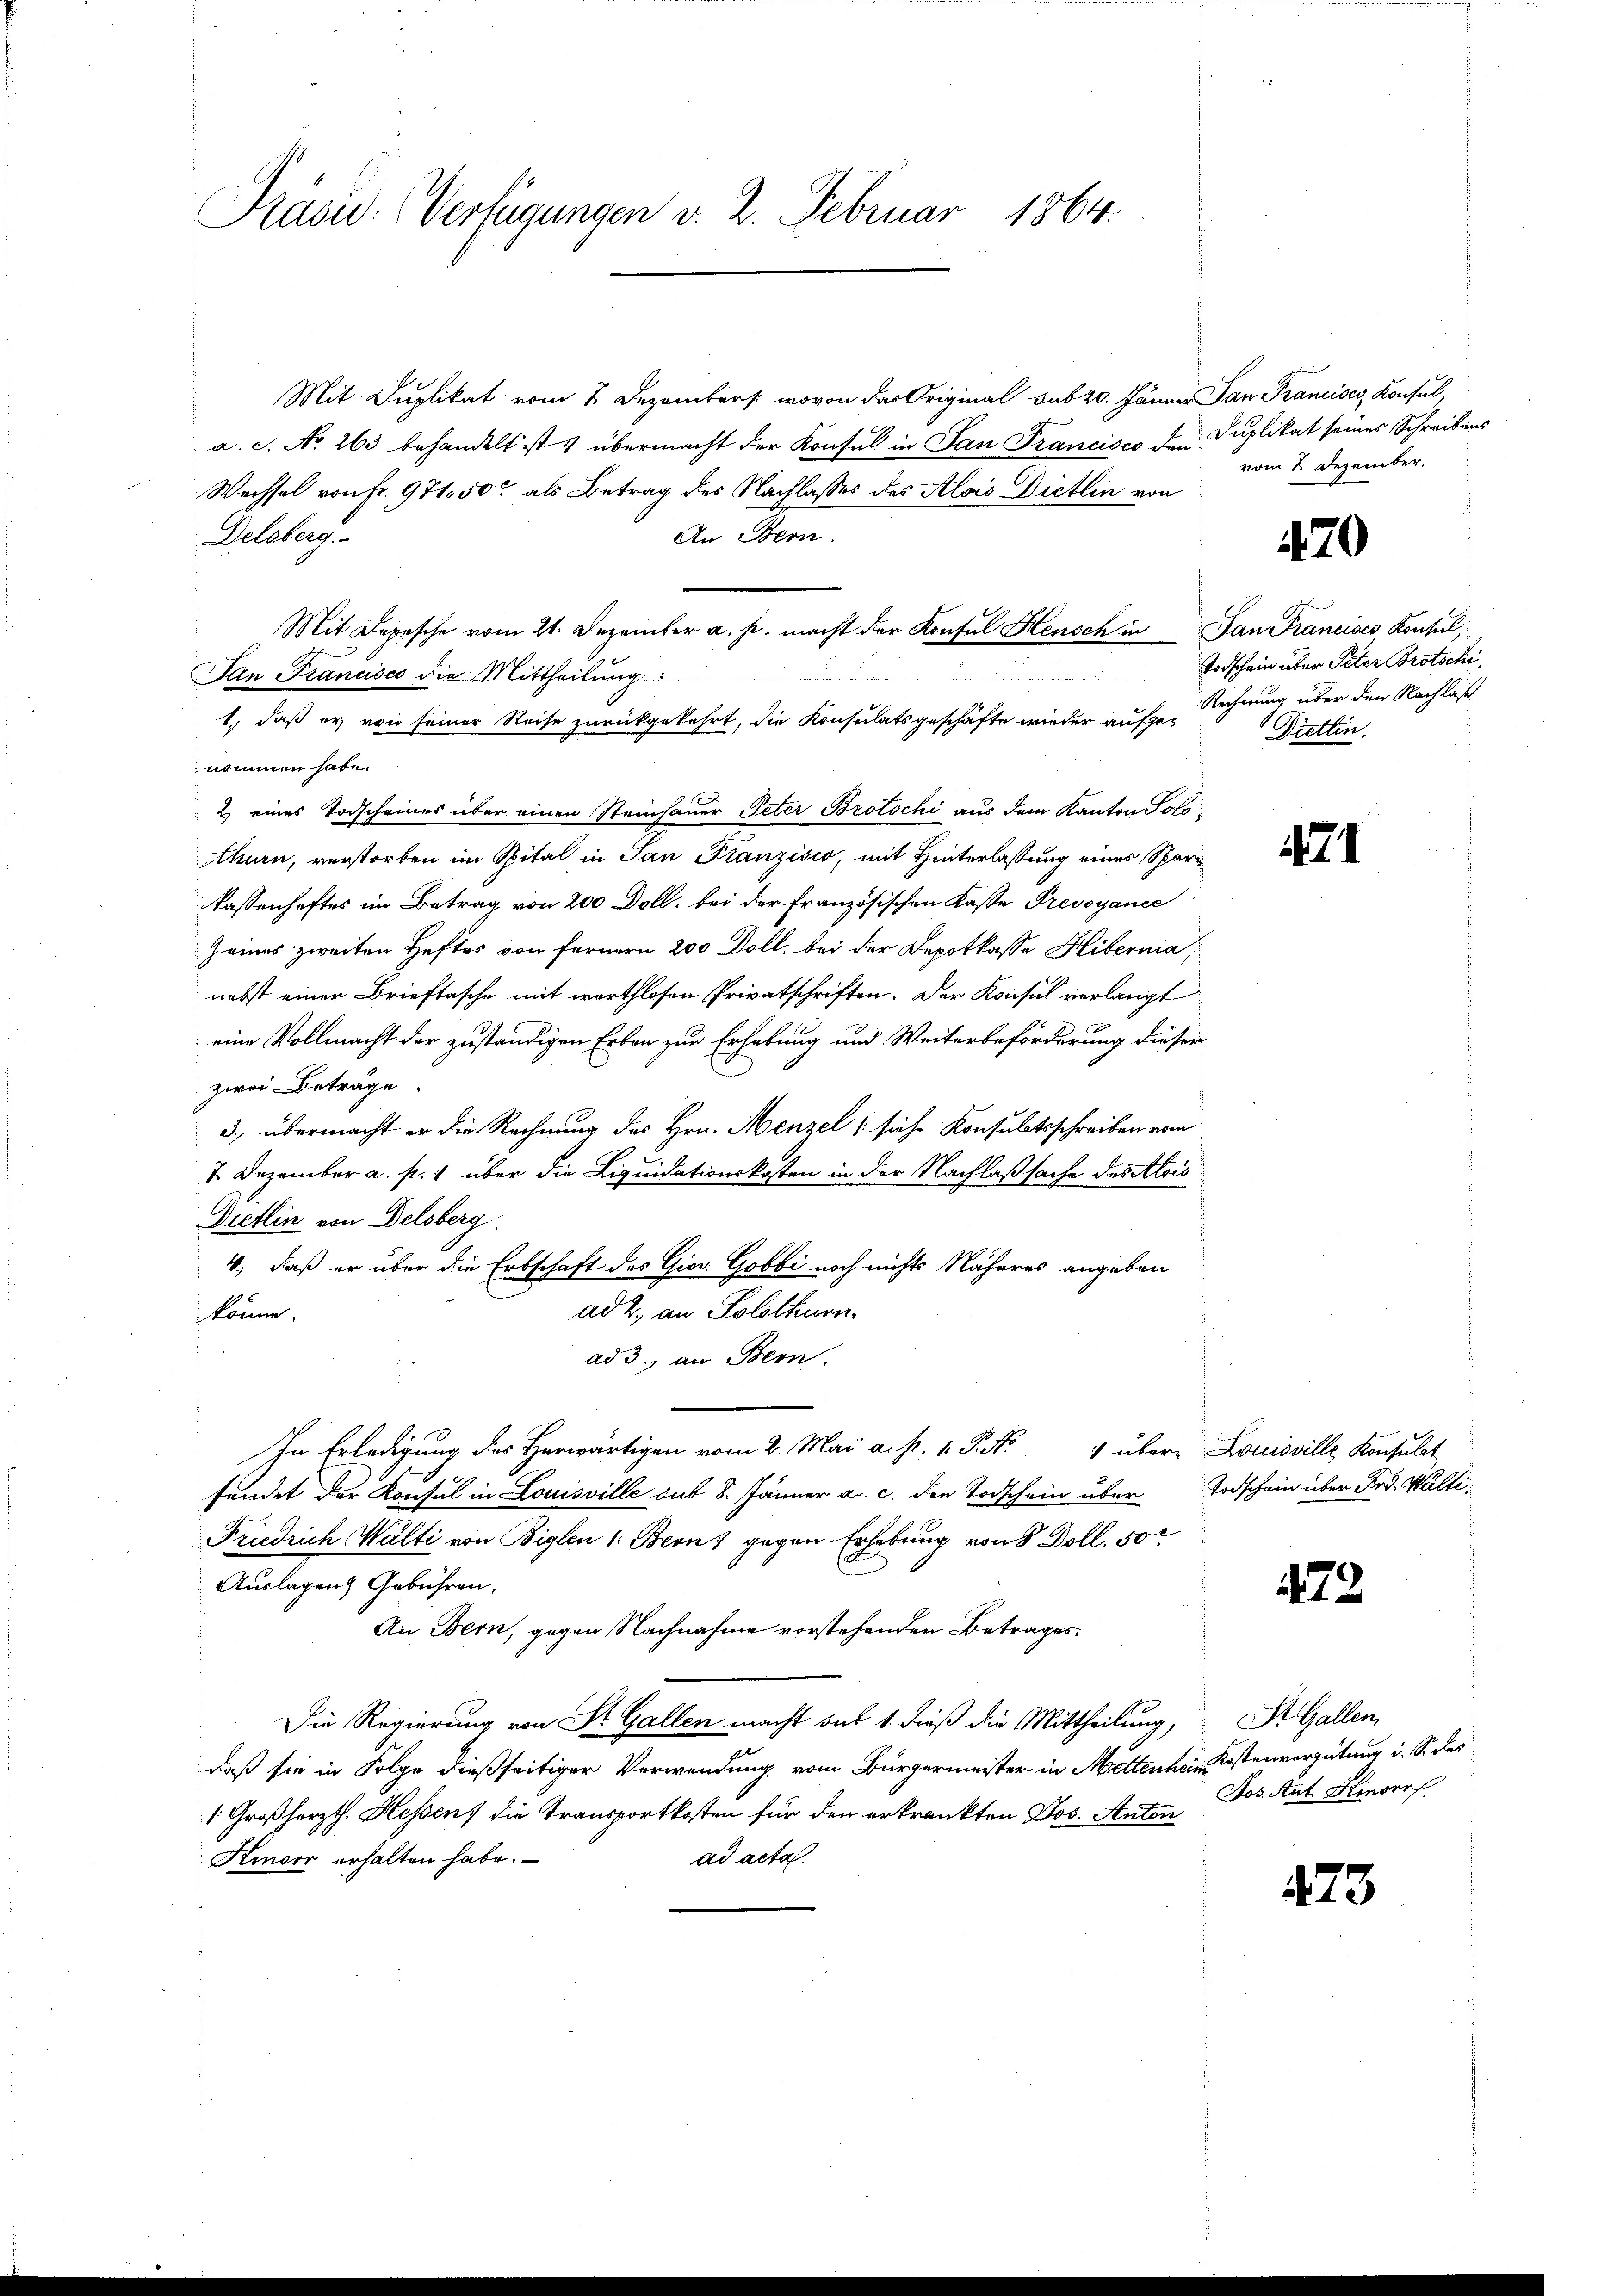
Präsid. (Verfügungen v. 2. Februar 1864.

Mit Duplikat vom 2. Dezembers wovon das Original sub 20. Jänner San Francisco, Konsul
a. c. No 263 behandelt ist übermacht der Konsul in San Francisco den Puplikat seines Schreibens
Wechsel von Fr. 971. 50 als Betrag des Nachlasses des Alois Dietlin von
Delsberg.
An Bern.
Mit Depesche vom 21. Dezember a. p. macht der Konsul Heusch in San Francisco Konsul,
San Francisco die Mittheilung
1., daß er von seiner Reise zurückgekehrt, die Konsulatsgeschäfte wieder aufgenommen habe.
2.) eines Todscheines über einen Steinhauer Peter Brotschi aus dem Kanton Solothurn, verstorben im Spital in San Franzisco, mit Hinterlassung eines Sparlassenheftes im Betrag von 200 Doll, bei der Französischen Kasse Prevoyance
Zeines zweiten Heftes von fernern 200 Doll, bei der Depotkasse Hibernia;
nebst einer Brieftasche mit worthlosen Privatschriften. Der Konsul verlangt
eine Vollmacht der zuständigen Erben zur Erhebung und Weiterbeförderung dieser
zwei Beträge.
3., übermacht er die Rechnung des Hrn. Menzel, siche Konsulatsschreiben vom
7. Dezember a. p. 1 über die Liquidationskosten in der Nachlaßsache des Alois
Dietlin von Delsberg.
4., daß er über die Erbschaft des Giov. Gobbi noch nichts Näheres angeben
ad 2., an Solothurn.
könne.
ad 3., an Bern.
In Erledigung des Herwärtigen vom 2. Mai a. s. v. P. Nr. 4 übere Louisville Konsulat
fundet der Konsul in Louisville sub 8. Jänner a. c. den Todschein über
Friedrich Walti von Biglen 1: Bron, gegen Erhebung von 8 Doll. 50
Auslagen Gebühren.
An Bern, gegen Nachnahme vorstehenden Betrages
Die Regierung von Sr. Gallen macht sub 1. dieß die Mittheilung,
daß sie in Folge dießseitiger Verwendung vom Bürgermeister in Mettenhain Kostenvergütung i. So des
1 Großherzth. Hessen, die Transportkosten für den erkränkten Jos. Auten Jos. Ant. Hinden
ad acta.
Kmorr erhalten habe.

vom 2. Dezember.

470

Todschein über Peter Brotschi
Rechnung über den Nachlaß
Diettin.

474

Todschein über Frd. Wälti¬

472

St. Gallen,

473